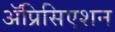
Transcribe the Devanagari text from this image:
ॲप्रिसिएशन